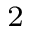
^ 2